Civil Veterinary Dept. North-West Frontier Province 1901-22 - 1901-1922
Year: 1901
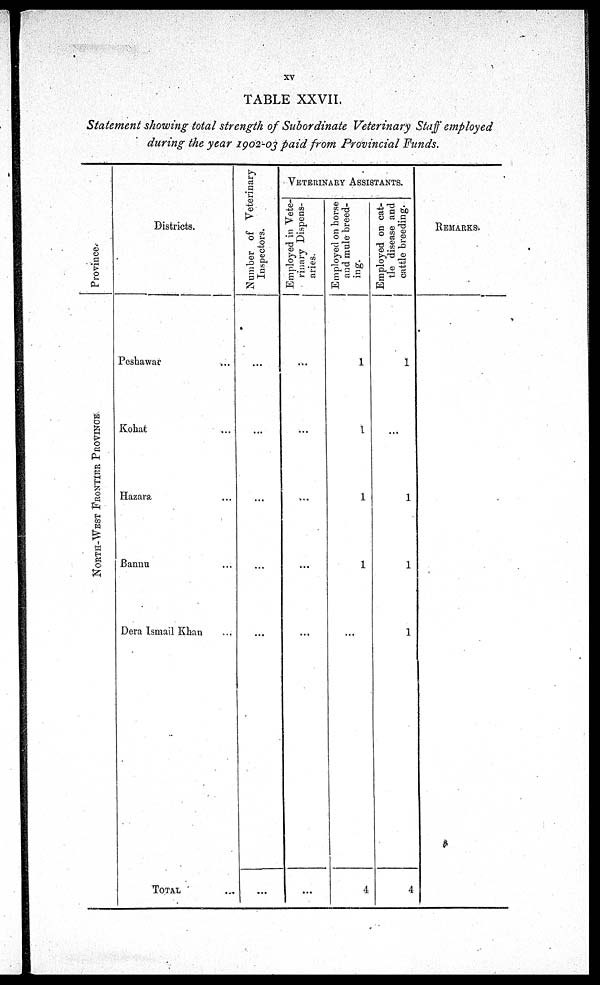
XV
TABLE XXVII.
Statement showing total strength of Subordinate Veterinary Staff employed
during the year 1902-03 paid from Provincial Funds.
Pr ovi nce.
NORTH-WEST FRONTIER PROVINCE
Districts.
Peshawar ...
Kohat ...
Hazara ...
Bannu ...
Dera Ismail Khan ...
TOTAL ...
Number of Veterinary
Inspectors.
...
...
...
...
...
...
VETERINARY ASSISTANTS.
Employed in Vete-
rinary Dispens-
aries.
...
...
...
...
...
...
Employed
on horse
and mule breed-
ing.
1
1
1
1
...
4
Employed on cat-
tle disease and
cattle breeding.
1
...
1
1
1
4
REMARKS.